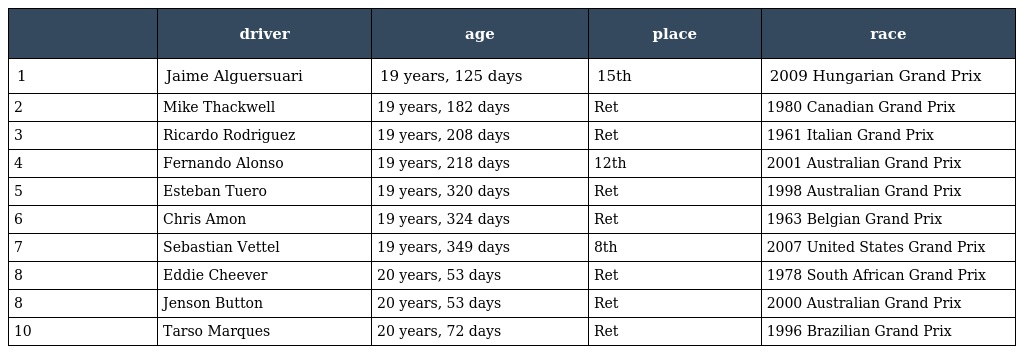
|  | driver | age | place | race |
 | --- | --- | --- | --- | --- |
 | 1 | Jaime Alguersuari | 19 years, 125 days | 15th | 2009 Hungarian Grand Prix |
 | 2 | Mike Thackwell | 19 years, 182 days | Ret | 1980 Canadian Grand Prix |
 | 3 | Ricardo Rodriguez | 19 years, 208 days | Ret | 1961 Italian Grand Prix |
 | 4 | Fernando Alonso | 19 years, 218 days | 12th | 2001 Australian Grand Prix |
 | 5 | Esteban Tuero | 19 years, 320 days | Ret | 1998 Australian Grand Prix |
 | 6 | Chris Amon | 19 years, 324 days | Ret | 1963 Belgian Grand Prix |
 | 7 | Sebastian Vettel | 19 years, 349 days | 8th | 2007 United States Grand Prix |
 | 8 | Eddie Cheever | 20 years, 53 days | Ret | 1978 South African Grand Prix |
 | 8 | Jenson Button | 20 years, 53 days | Ret | 2000 Australian Grand Prix |
 | 10 | Tarso Marques | 20 years, 72 days | Ret | 1996 Brazilian Grand Prix |